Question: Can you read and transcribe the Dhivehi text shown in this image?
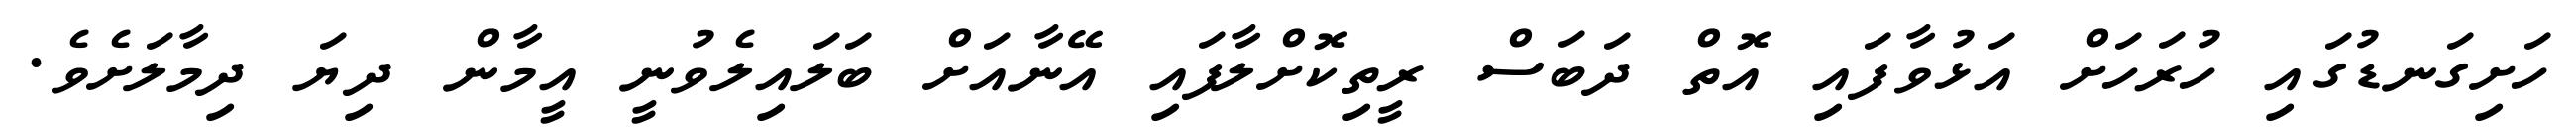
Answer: ހަށިގަނޑުގައި ހުރަހަށް އަޅުވާފައި އޮތް ދަބަސް ރީތިކޮށްލާފައި އޭނާއަށް ބަލައިލެވުނީ އީމާން ދިޔަ ދިމާލަށެވެ.